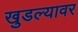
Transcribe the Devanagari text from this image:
खुडल्यावर